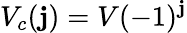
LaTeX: V_{c}(\mathbf{j})=V(-1)^{\mathbf{j}}